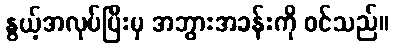
နွယ့်အလုပ်ပြီးမှ အဘွားအခန်းကို ဝင်သည်။